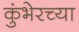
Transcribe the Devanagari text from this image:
कुंभेरच्या